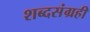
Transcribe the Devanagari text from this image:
शब्दसंग्रही